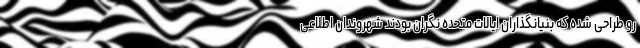
رو طراحی شده که بنیانگذاران ایالات متحده نگران بودند شهروندان اطلاعی